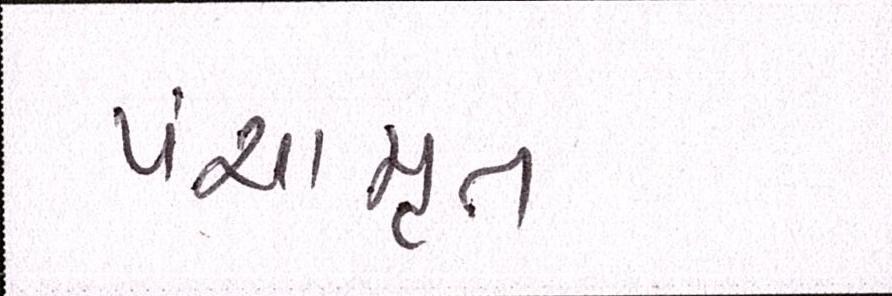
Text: પંચામૃત